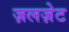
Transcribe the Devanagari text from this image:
ज़लज़ेट